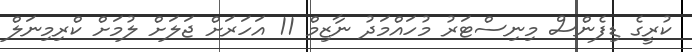
ކުރީގެ ޑިފެންސް މިނިސްޓަރު މުހައްމަދު ނާޒިމް 11 އަހަރަށް ޖަލަށް ލުމަށް ކްރިމިނަލް